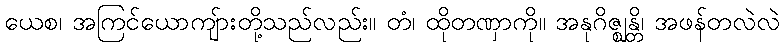
ယေစ၊ အကြင်ယောကျ်ားတို့သည်လည်း။ တံ၊ ထိုတဏှာကို။ အနုဂိဇ္ဈန္တိ၊ အဖန်တလဲလဲ